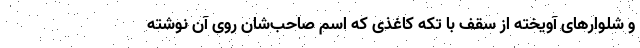
و شلوارهای آویخته از سقف با تکه کاغذی که اسم صاحب‌شان روی آن نوشته